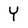
Character: Y